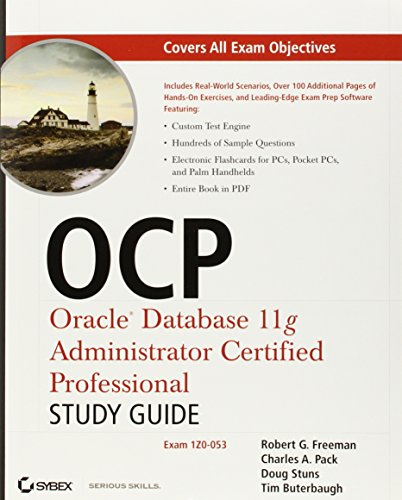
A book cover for OCP: Oracle Database 11g Administrator Certified Professional Certification Kit: 1Z0-051, 1Z0-052, and 1Z0-053; Biju Thomas; Computers & Technology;